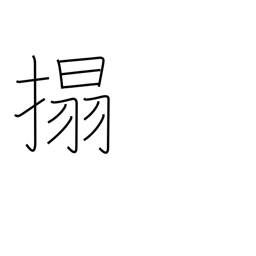
Meaning: rub a copy of a stone inscription